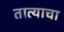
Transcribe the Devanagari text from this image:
तात्याचा